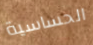
الحساسية